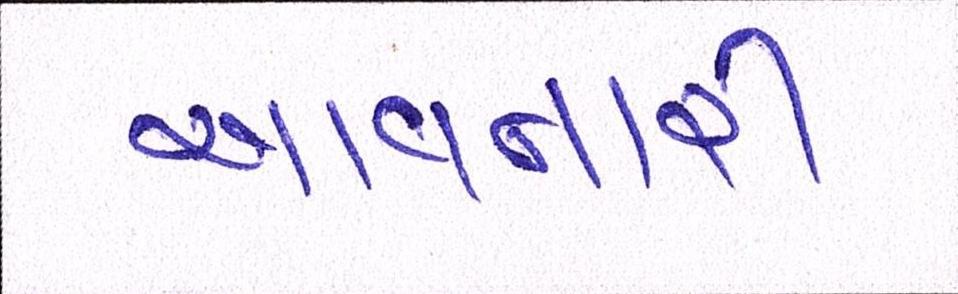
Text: આવનારી